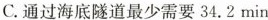
C.通过海底隧道最少需要34.2min